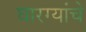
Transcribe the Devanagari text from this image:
घारग्यांचे